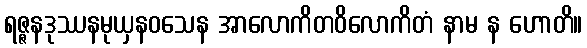
ရဇ္ဇနဒုဿနမုယှနဝသေန အာလောကိတဝိလောကိတံ နာမ န ဟောတိ။